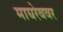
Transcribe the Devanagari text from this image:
माघरेबवर